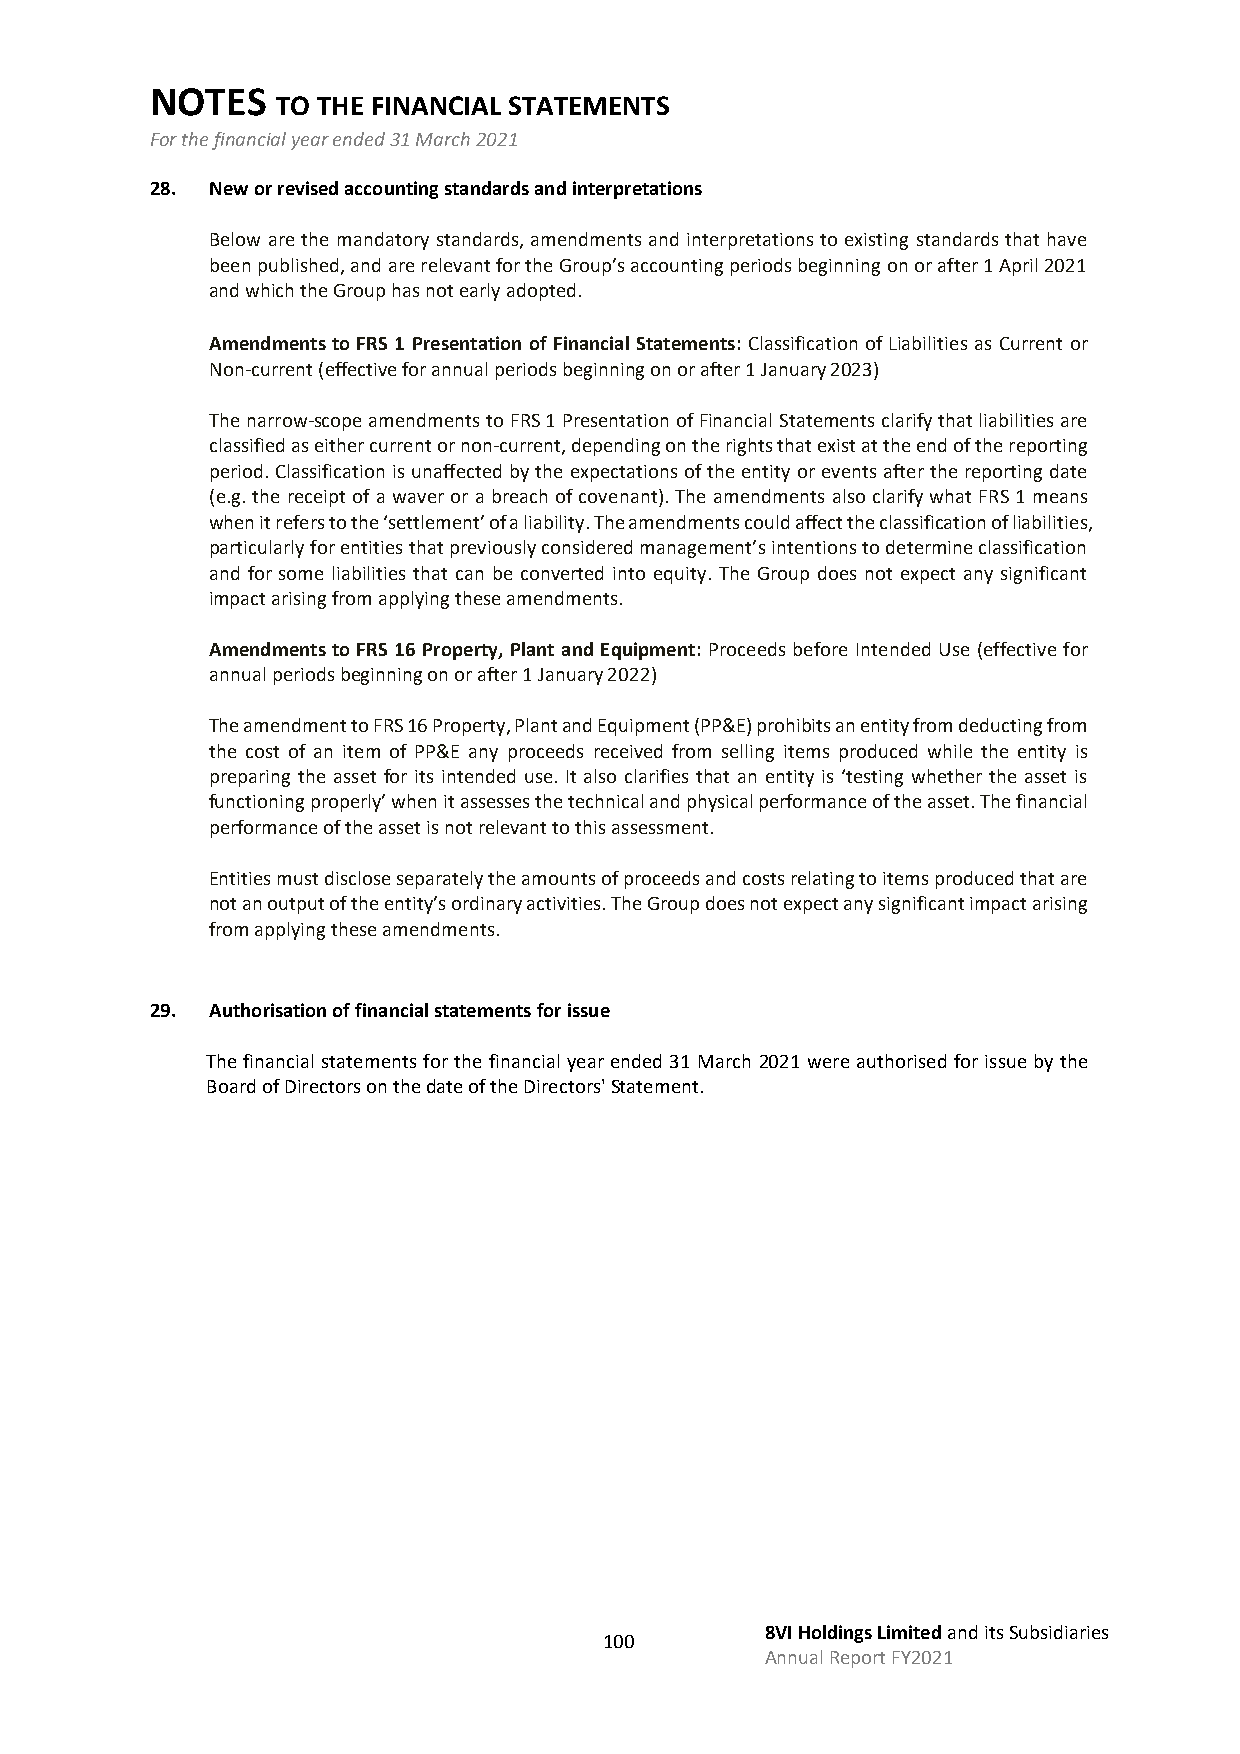
NOTES
 TO THE FINANCIAL STATEMENTS
 For the financial year ended 31 March 2021
 28. New or revised accounting standards and interpretations
 Below are the mandatory standards, amendments and interpretations to existing standards that have
 been published, and are relevant for the Group’s accounting periods beginning on or after 1 April 2021
 and which the Group has not early adopted.
 Amendments to FRS 1 Presentation of Financial Statements: Classification of Liabilities as Current or
 Non-current (effective for annual periods beginning on or after 1 January 2023)
 The narrow-scope amendments to FRS 1 Presentation of Financial Statements clarify that liabilities are
 classified as either current or non-current, depending on the rights that exist at the end of the reporting
 period. Classification is unaffected by the expectations of the entity or events after the reporting date
 (e.g. the receipt of a waver or a breach of covenant). The amendments also clarify what FRS 1 means
 when it refers to the ‘settlement’ of a liability. The amendments could affect the classification of liabilities,
 particularly for entities that previously considered management’s intentions to determine classification
 and for some liabilities that can be converted into equity. The Group does not expect any significant
 impact arising from applying these amendments.
 Amendments to FRS 16 Property, Plant and Equipment: Proceeds before Intended Use (effective for
 annual periods beginning on or after 1 January 2022)
 The amendment to FRS 16 Property, Plant and Equipment (PP&E) prohibits an entity from deducting from
 the cost of an item of PP&E any proceeds received from selling items produced while the entity is
 preparing the asset for its intended use. It also clarifies that an entity is ‘testing whether the asset is
 functioning properly’ when it assesses the technical and physical performance of the asset. The financial
 performance of the asset is not relevant to this assessment.
 Entities must disclose separately the amounts of proceeds and costs relating to items produced that are
 not an output of the entity’s ordinary activities. The Group does not expect any significant impact arising
 from applying these amendments.
 29. Authorisation of financial statements for issue
 The financial statements for the financial year ended 31 March 2021 were authorised for issue by the
 Board of Directors on the date of the Directors' Statement.
 8VI Holdings Limited and its Subsidiaries
 100
 Annual Report FY2021